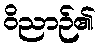
ဝိညာဉ်၏